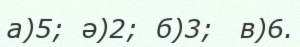
а)5;  ә)2;  б)3;   в)6.